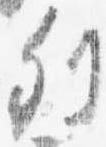
列